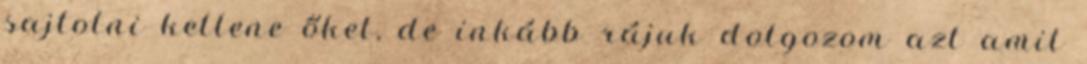
sajtolni kellene őket, de inkább rájuk dolgozom azt amit